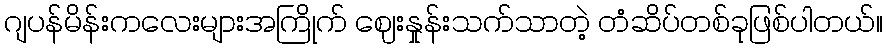
ဂျပန်မိန်းကလေးများအကြိုက် ဈေးနှုန်းသက်သာတဲ့ တံဆိပ်တစ်ခုဖြစ်ပါတယ်။